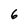
Character: 6